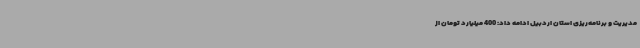
مدیریت و برنامه‌ریزی استان اردبیل ادامه داد: 400 میلیارد تومان از